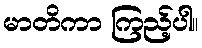
မာတိကာ ကြည့်ပါ။